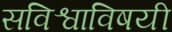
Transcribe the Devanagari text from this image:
सविश्वाविषयी